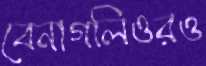
বেনাগলিওরও